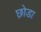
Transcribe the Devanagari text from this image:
छ़ोडा